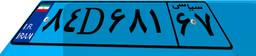
۸۴D۶۸۱۶۷